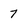
Character: 7